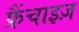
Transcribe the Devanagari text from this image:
फ्रैंचाइज़